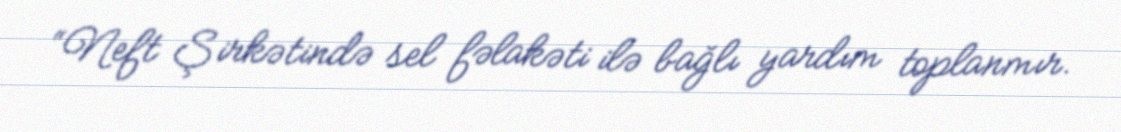
“Neft Şirkətində sel fəlakəti ilə bağlı yardım toplanmır.